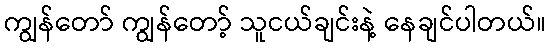
ကျွန်တော် ကျွန်တော့် သူငယ်ချင်းနဲ့ နေချင်ပါတယ်။